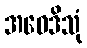
အဝေဒိသုံ